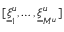
[ \underline { { \xi } } _ { 1 } ^ { u } , \dots , \underline { { \xi } } _ { M ^ { u } } ^ { u } ]